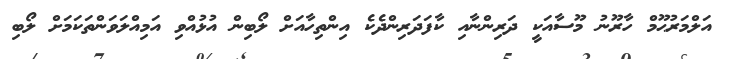
އަލްމަރުޙޫމް ހާރޫނު މޫސާއަކީ ދަރިންނާއި ކާފަދަރިންދެކެ އިންތިހާއަށް ލޯބިން އުޅުއްވި އަމިއްލަވަންތަކަމަށް ލޯބި